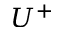
U ^ { + }